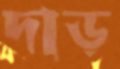
দাড়